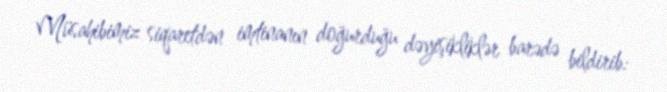
Müsahibimiz siqaretdən imtinanın doğurduğu dəyişikliklər barədə bildirib: